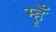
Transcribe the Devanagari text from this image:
म्हूँ